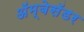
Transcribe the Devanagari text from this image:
अॅम्बेसॅडर